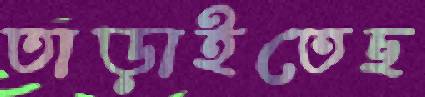
তাড়াইতেছ